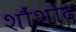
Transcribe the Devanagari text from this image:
शौंशोद